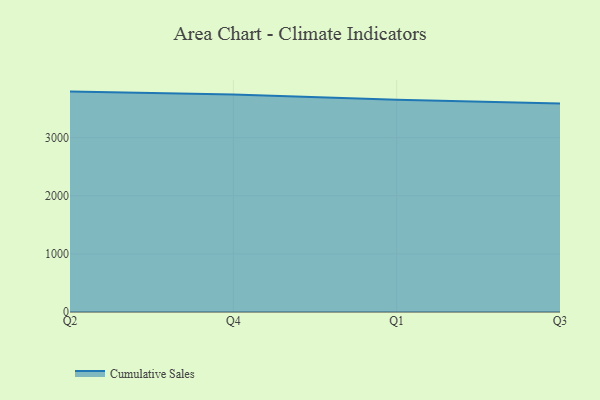
{"axis": {"x": "Quarter", "y": "Tickets Resolved"}, "legend": ["Cumulative Sales"], "data": [{"x": "Q2", "y": 3792.3, "type": "Cumulative Sales"}, {"x": "Q4", "y": 3741.5, "type": "Cumulative Sales"}, {"x": "Q1", "y": 3651.7, "type": "Cumulative Sales"}, {"x": "Q3", "y": 3586.3, "type": "Cumulative Sales"}]}